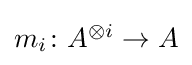
{\textstyle m_{i}\colon A^{\otimes i}\to A}